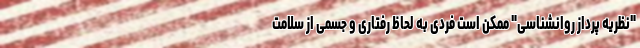
"نظریه پرداز روانشناسی" ممکن است فردی به لحاظ رفتاری و جسمی از سلامت